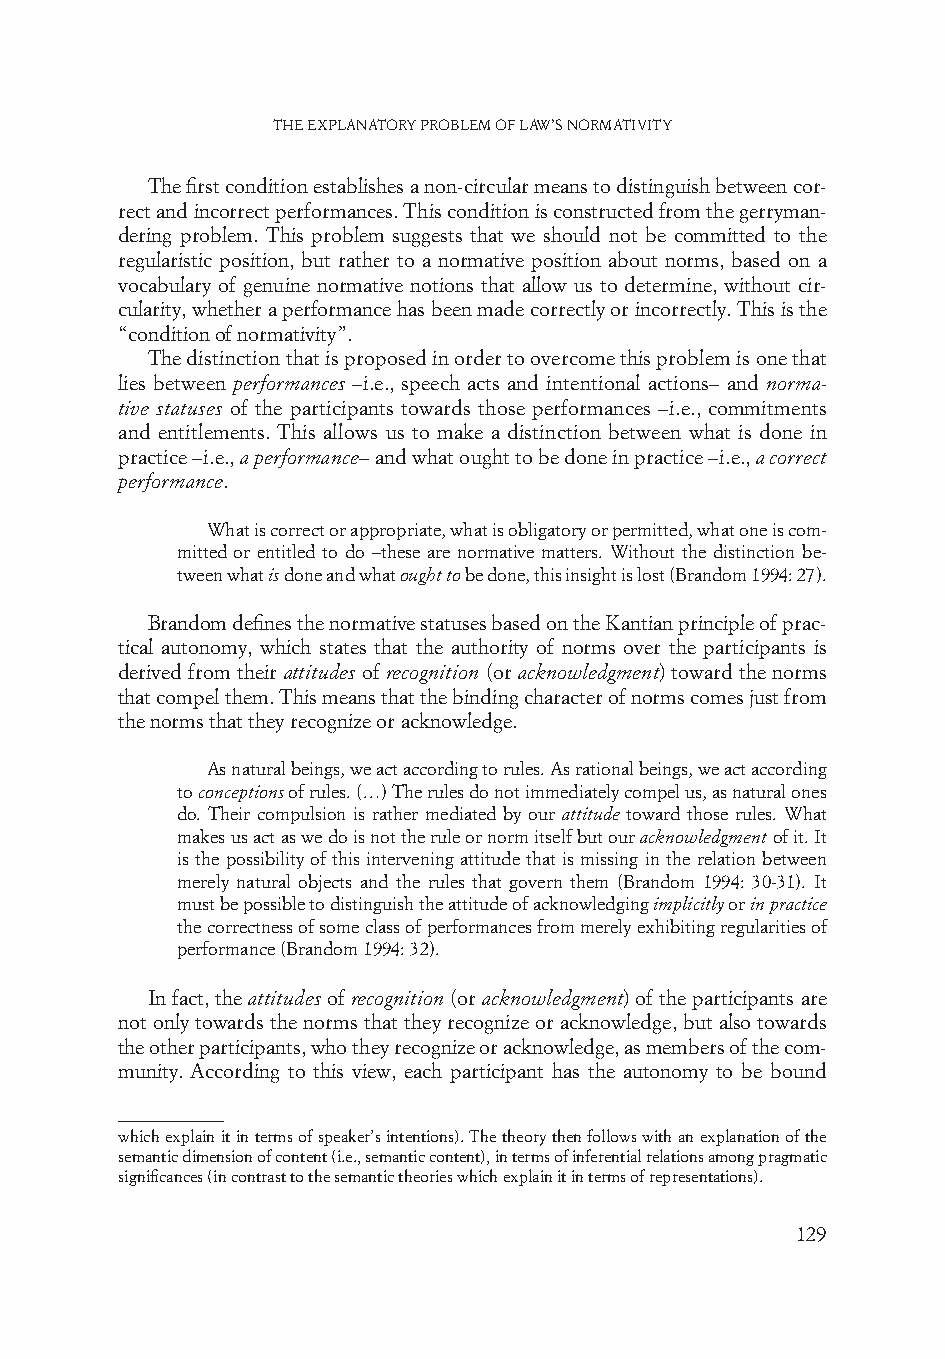
The explanaTory problem of law’s normaTiviTy
 The first condition establishes a non-circular means to distinguish between cor-
 rect and incorrect performances. This condition is constructed from the gerryman-
 dering problem. This problem suggests that we should not be committed to the
 regularistic position, but rather to a normative position about norms, based on a
 vocabulary of genuine normative notions that allow us to determine, without cir-
 cularity, whether a performance has been made correctly or incorrectly. This is the
 “condition of normativity”.
 The distinction that is proposed in order to overcome this problem is one that
 lies between performances –i.e., speech acts and intentional actions– and norma-
 tive statuses of the participants towards those performances –i.e., commitments
 and entitlements. This allows us to make a distinction between what is done in
 practice –i.e., a performance– and what ought to be done in practice –i.e., a correct
 performance.
 What is correct or appropriate, what is obligatory or permitted, what one is com-
 mitted or entitled to do –these are normative matters. Without the distinction be-
 tween what is done and what ought to be done, this insight is lost (Brandom 1994: 27).
 Brandom defines the normative statuses based on the Kantian principle of prac-
 tical autonomy, which states that the authority of norms over the participants is
 derived from their attitudes of recognition (or acknowledgment) toward the norms
 that compel them. This means that the binding character of norms comes just from
 the norms that they recognize or acknowledge.
 As natural beings, we act according to rules. As rational beings, we act according
 to conceptions of rules. (…) The rules do not immediately compel us, as natural ones
 do. Their compulsion is rather mediated by our attitude toward those rules. What
 makes us act as we do is not the rule or norm itself but our acknowledgment of it. It
 is the possibility of this intervening attitude that is missing in the relation between
 merely natural objects and the rules that govern them (Brandom 1994: 30-31). It
 must be possible to distinguish the attitude of acknowledging implicitly or in practice
 the correctness of some class of performances from merely exhibiting regularities of
 performance (Brandom 1994: 32).
 In fact, the attitudes of recognition (or acknowledgment) of the participants are
 not only towards the norms that they recognize or acknowledge, but also towards
 the other participants, who they recognize or acknowledge, as members of the com-
 munity. According to this view, each participant has the autonomy to be bound
 which explain it in terms of speaker’s intentions). The theory then follows with an explanation of the
 semantic dimension of content (i.e., semantic content), in terms of inferential relations among pragmatic
 significances (in contrast to the semantic theories which explain it in terms of representations).
 129